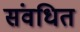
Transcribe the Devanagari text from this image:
संवधित